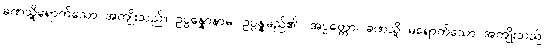
ခဏသို့ရောက်သော အကျိုးသည်။ ဥပ္ပန္နောနာမ၊ ဥပ္ပန္နမည်၏။ အပ္ပတ္တော၊ ခဏသို့ မရောက်သော အကျိုးသည်။